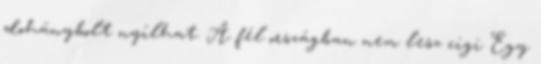
dohánybolt nyílhat. A fél országban nem lesz cigi Egy